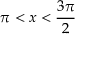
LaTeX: \pi < x < { \frac { 3 \pi } { 2 } }